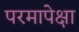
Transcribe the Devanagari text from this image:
परमापेक्षा